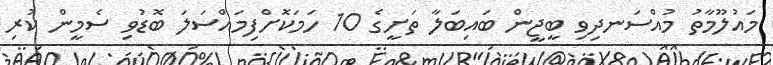
މައުލޫމާތު މުއްސަނދިވި ބީޖީން ބައިބަލާ ތަށީގެ 10 ހަމަކޮށްފިމައްސަލަ ބޮޑުވި ސެމީން ކުރި